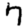
Digit: 7